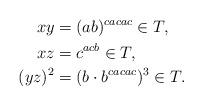
LaTeX: \begin{align*}xy &= (ab)^{cacac} \in T,\\ xz &= c^{acb} \in T, \\(yz)^2 &= (b \cdot b^{cacac})^3 \in T. \end{align*}